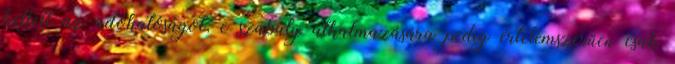
kellett az adóhatóságot, e szabály alkalmazására pedig értelemszerűen csak